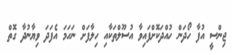
ޖިންސީ އުފާ ހޯދަން ހުއްދަކޮށްފައިވާ އުސޫލްތަކާއި ހިލާފަށް ނަހަމަ އެފަދަ ވިޔާނުދާ ގޮތް